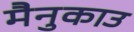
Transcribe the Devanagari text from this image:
मैनुकाउ